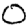
Digit: 0